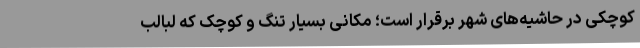
کوچکی در حاشیه‌های شهر برقرار است؛ مکانی بسیار تنگ و کوچک که لبالب